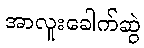
အာလူးခေါက်ဆွဲ